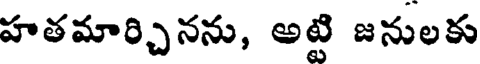
హతమార్చినను, అట్టి జనులకు